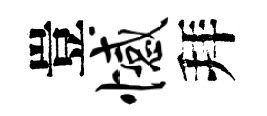
豈憾拜